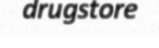
drugstore